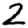
Digit: 2